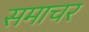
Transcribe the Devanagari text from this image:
समाचर